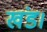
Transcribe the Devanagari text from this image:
खंड।